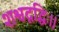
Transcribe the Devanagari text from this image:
शश्वदृद्धिः।।